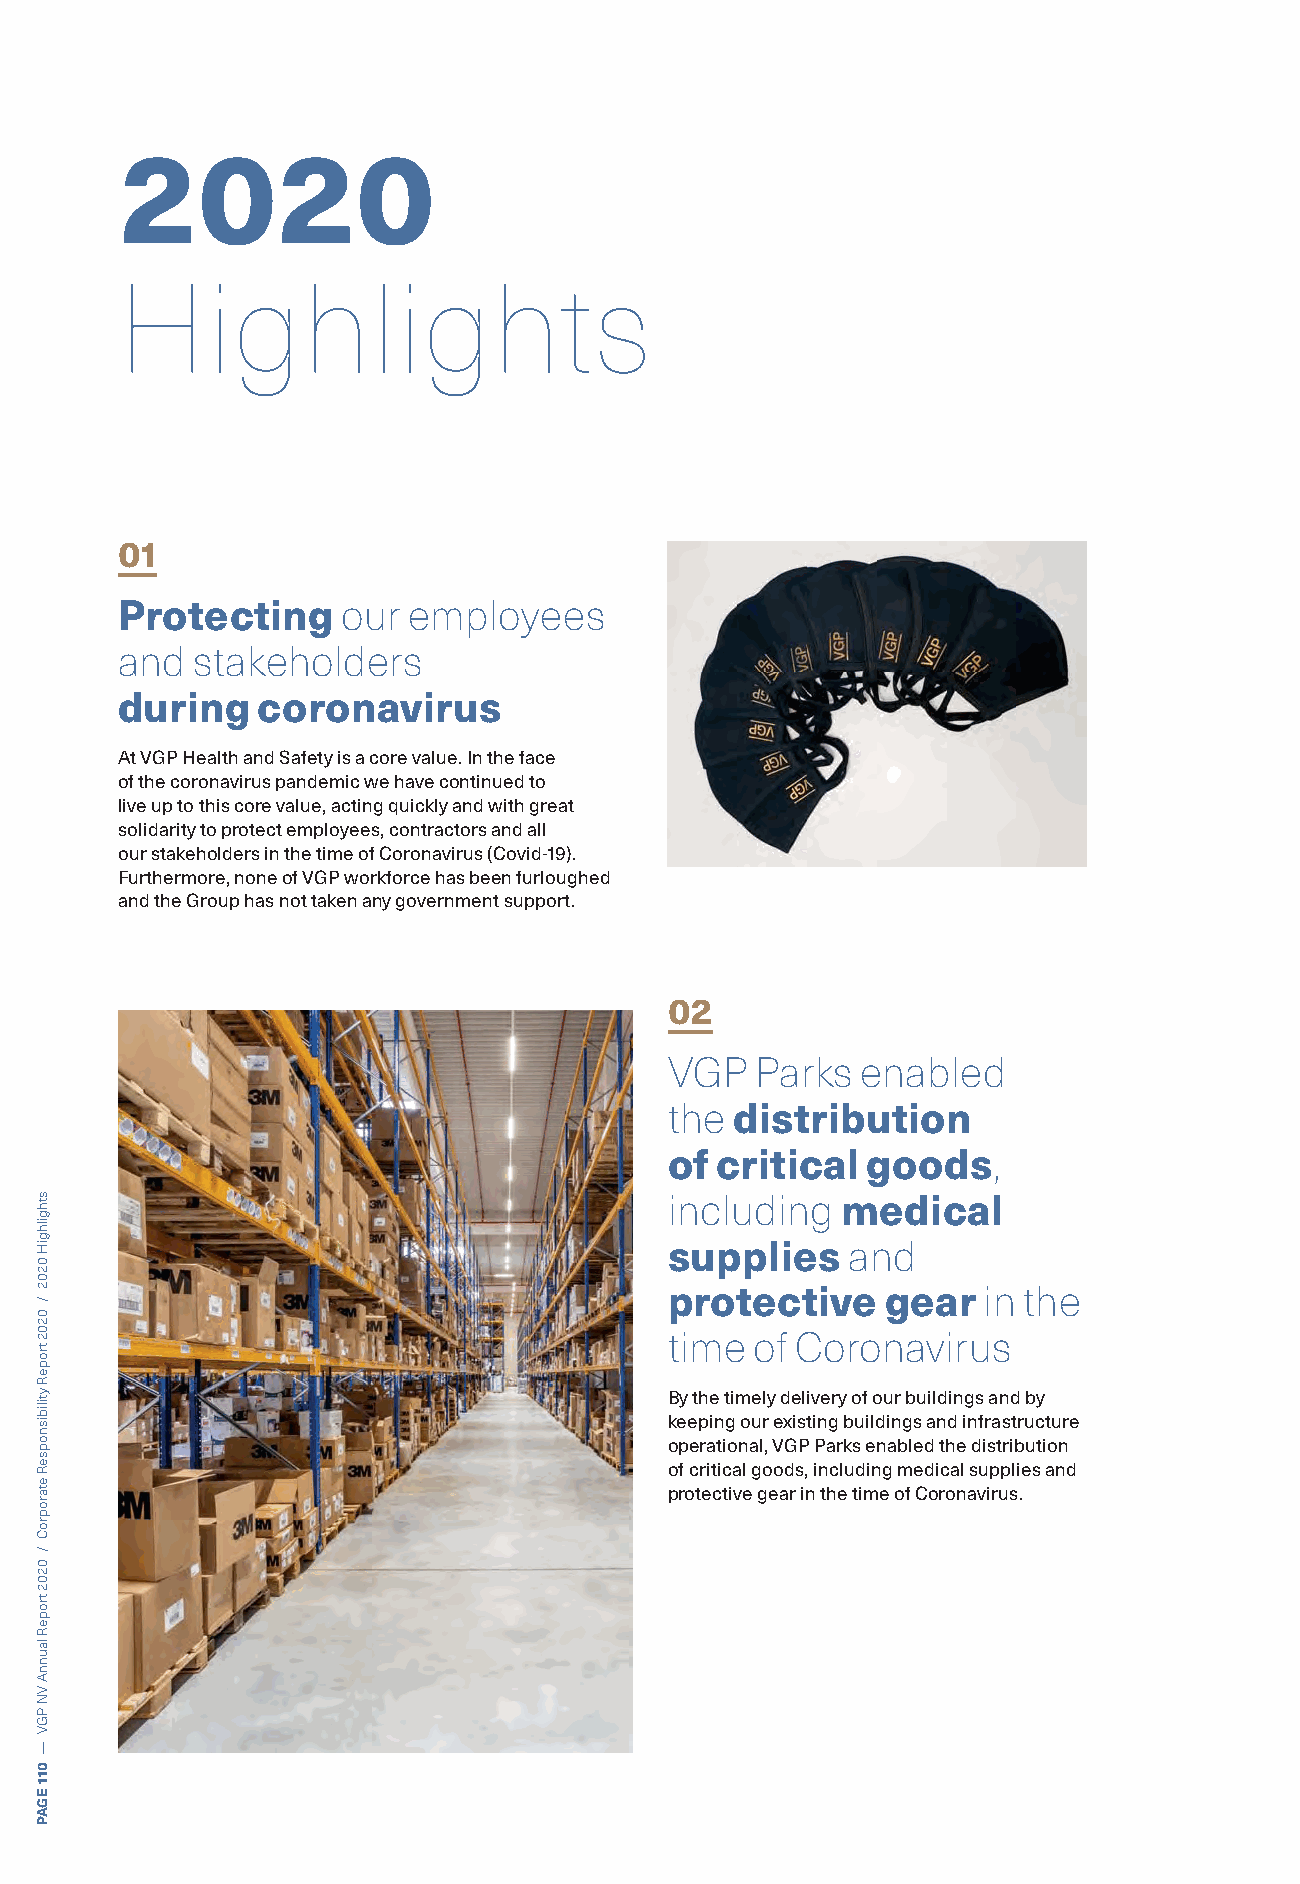
2020
 Highlights
 01
 Protecting     our employees
 and  stakeholders
 during   coronavirus
 At VGP Health and Safety is a core value. In the face
 of the coronavirus pandemic we have continued to
 live up to this core value, acting quickly and with great
 solidarity to protect employees, contractors and all
 our stakeholders in the time of Coronavirus (Covid-19).
 Furthermore, none of VGP workforce has been furloughed
 and the Group has not taken any government support.
 02
 VGP   Parks  enabled
 the distribution
 of critical  goods,
 including   medical
 supplies    and
 protective     gear  in the
 time  of Coronavirus
 By the timely delivery of our buildings and by
 keeping our existing buildings and infrastructure
 operational, VGP Parks enabled the distribution
 of critical goods, including medical supplies and
 protective gear in the time of Coronavirus.
 sthgilhgiH
 0202
 /
 0202
 tropeR
 ytilibisnopseR
 etaroproC
 /
 0202
 tropeR
 launnA
 VN
 PGV
 —
 011
 EGAP